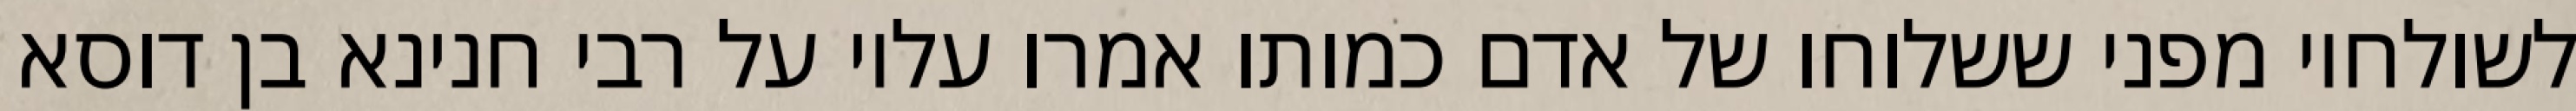
לשולחיו מפני ששלוחו של אדם כמותו אמרו עליו על רבי חנינא בן דוסא